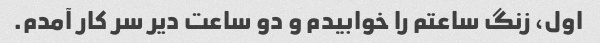
اول، زنگ ساعتم را خوابیدم و دو ساعت دیر سر کار آمدم.